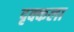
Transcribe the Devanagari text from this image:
दृक्कला